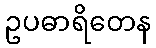
ဥပဓာရိတေန